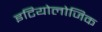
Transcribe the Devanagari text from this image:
इटियोलोजिक